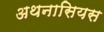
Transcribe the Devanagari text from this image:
अथनासियस